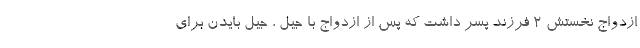
ازدواج نخستش 2 فرزند پسر داشت که پس از ازدواج با جیل ، جیل بایدن برای